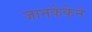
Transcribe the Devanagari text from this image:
जानकेकेने